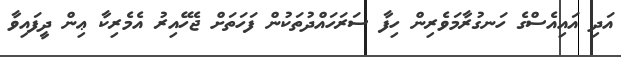
އަަދި އައިއެސްގެ ހަނގުރާމަވެރިން ހިފާ ސަރަހައްދުތަކުން ފަހަތަށް ޖެހޭއިރު އެމެރިކާ ޢިން ދީފައިވާ